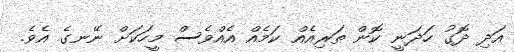
އަދި ދޮގު ހަދަނީ ކޮން ތަރިއެއް ކަމެއް އެއްވެސް މީހަކަށް ނޭނގެ އެވެ.